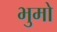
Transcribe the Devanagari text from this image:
भुमो